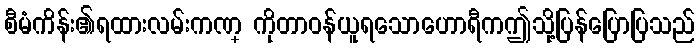
စီမံကိန်း၏ရထားလမ်းကဏ္ ကိုတာဝန်ယူရသောဟောရီကဤသို့ပြန်ပြောပြသည်